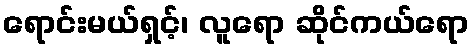
ရောင်းမယ်ရှင့်၊ လူရော ဆိုင်ကယ်ရော